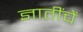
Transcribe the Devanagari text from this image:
ज्ञातींचें